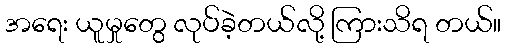
အရေး ယူမှုတွေ လုပ်ခဲ့တယ်လို့ ကြားသိရ တယ်။